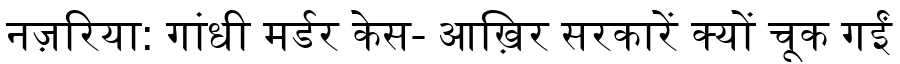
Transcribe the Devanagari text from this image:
नज़रिया: गांधी मर्डर केस- आख़िर सरकारें क्यों चूक गईं